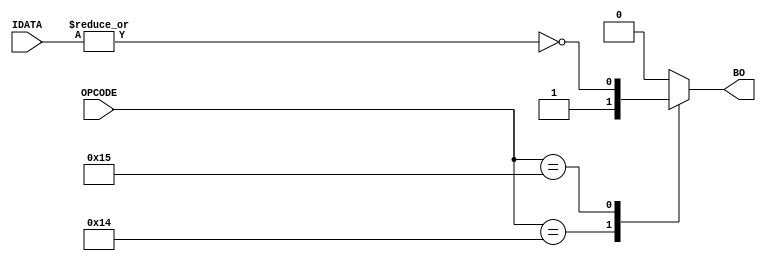
module branchEqualZero(
IDATA   ,	// Input Data (Input)
OPCODE  ,   // Instruction Opcode (Input)
BO          // Branch Operation Enable (Output)
);

parameter DATA_WIDTH = 32;
parameter OPCODE_WIDTH = 6;

//--------------Input Ports----------------------------
input [DATA_WIDTH-1:0]      IDATA;
input [OPCODE_WIDTH-1:0]    OPCODE;

//--------------Output Ports---------------------------
output reg BO;

//--------------Internal Variables---------------------
localparam  [OPCODE_WIDTH-1:0]  JMP    = 6'b010100;
localparam  [OPCODE_WIDTH-1:0]  BEQZ   = 6'b010101;

//-------------Processing Starts Here------------------

// Branch Equal Zero Processing Block
always @(IDATA or OPCODE) begin
    case (OPCODE)
        JMP: BO = 1'b1;
        BEQZ: BO = ~|IDATA;
        default: BO = 1'b0;
    endcase
end

endmodule